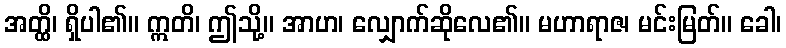
အတ္ထိ၊ ရှိပါ၏။ ဣတိ၊ ဤသို့။ အာဟ၊ လျှောက်ဆိုလေ၏။ မဟာရာဇ၊ မင်းမြတ်။ ခေါ၊